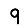
Digit: 9